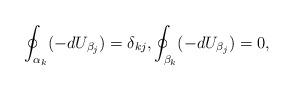
LaTeX: \begin{align*}\oint_{\alpha_k} (-dU_{\beta_j})=\delta_{kj}, \oint_{\beta_k} (-dU_{\beta_j})=0,\end{align*}